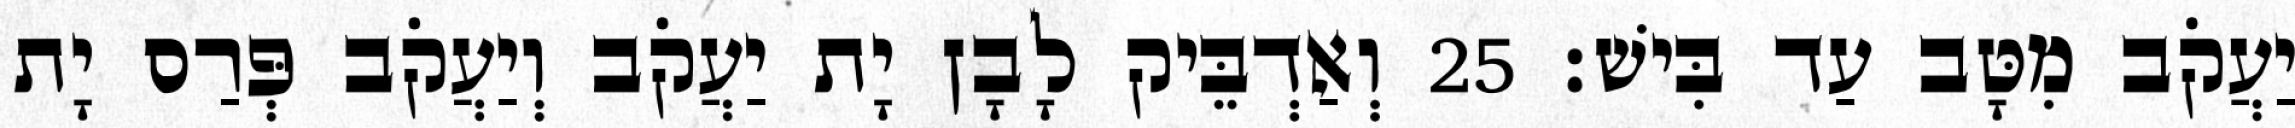
יַעֲקֹב מִטָּב עַד בִּישׁ׃ 25 וְאַדְבֵּיק לָבָן יָת יַעֲקֹב וְיַעֲקֹב פְּרַס יָת